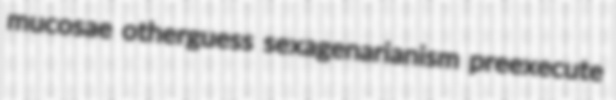
mucosae otherguess sexagenarianism preexecute